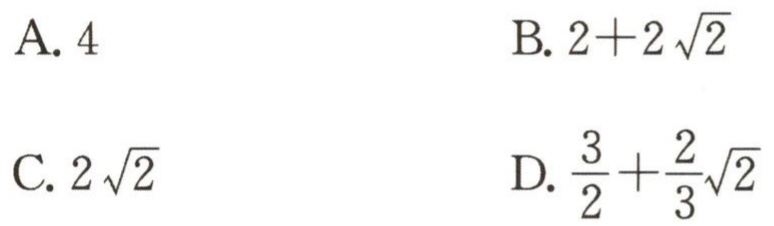
A. \(4\)

B. \(2 + 2\sqrt{2}\)

C. \(2\sqrt{2}\)

D. \(\frac{3}{2}+\frac{2}{3}\sqrt{2}\)